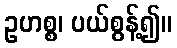
ဥဟစ္စ၊ ပယ်စွန့်၍။